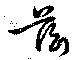
茲